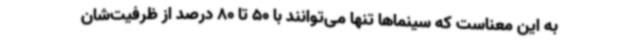
به این معناست که سینماها تنها می‌توانند با 50 تا 80 درصد از ظرفیت‌شان